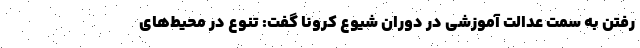
رفتن به سمت عدالت آموزشی در دوران شیوع کرونا گفت: تنوع در محیط‌های